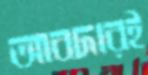
আবদারই